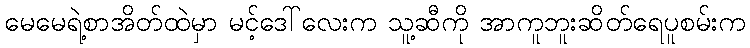
မေမေရဲ့စာအိတ်ထဲမှာ မင့်ဒေါ်လေးက သူ့ဆီကို အာကူဘူးဆိတ်ရေပူစမ်းက